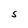
Character: S